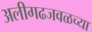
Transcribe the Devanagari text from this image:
अलीगढजवळच्या